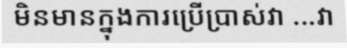
មិនមានក្នុងការប្រើប្រាស់វា ...វា